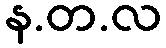
န.တ.လ